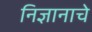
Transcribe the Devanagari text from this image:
निज्ञानाचे